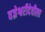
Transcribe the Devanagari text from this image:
वज्रेश्वरीदेवीला